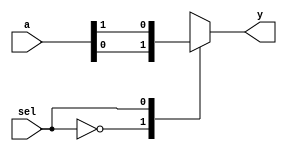
module mux2_1(a,
              sel,
              y);

// Step 1 : Define the port directions with proper datatypes and ranges. 
     
  input [1:0] a;	
  input sel;
  output reg y;


// Step 2 : Write the MUX behaviour as a parallel logic using case statement in behaviour modelling.


  always@(*)	
  begin
    case(sel)
      1'b0:y=a[0];
      1'b1:y=a[1];
    endcase
  end

endmodule